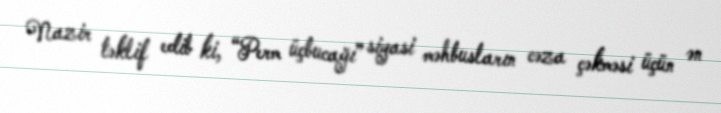
Nazir təklif edib ki, “Perm üçbucağı” siyasi məhbusların cəza çəkməsi üçün ən